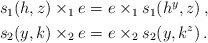
\begin{align*} \begin{aligned} s_1(h,z) \times_1 e &= e\times_1 s_1(h^y,z)\,,\\ s_2(y,k) \times_2 e &= e\times_2 s_2(y,k^z)\,. \end{aligned} \end{align*}